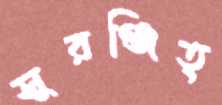
সুরঞ্জিত্